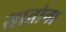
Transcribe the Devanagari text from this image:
सातोना